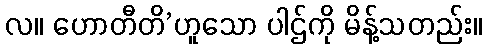
လ။ ဟောတီတိ’ဟူသော ပါဌ်ကို မိန့်သတည်း။